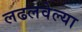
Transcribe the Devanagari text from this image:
लढलवेल्या